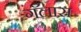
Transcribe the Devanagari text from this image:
गॅलास